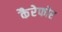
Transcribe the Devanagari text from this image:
कैरेफोर